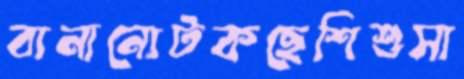
বানানোটকছেশিশুসা